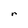
Character: r